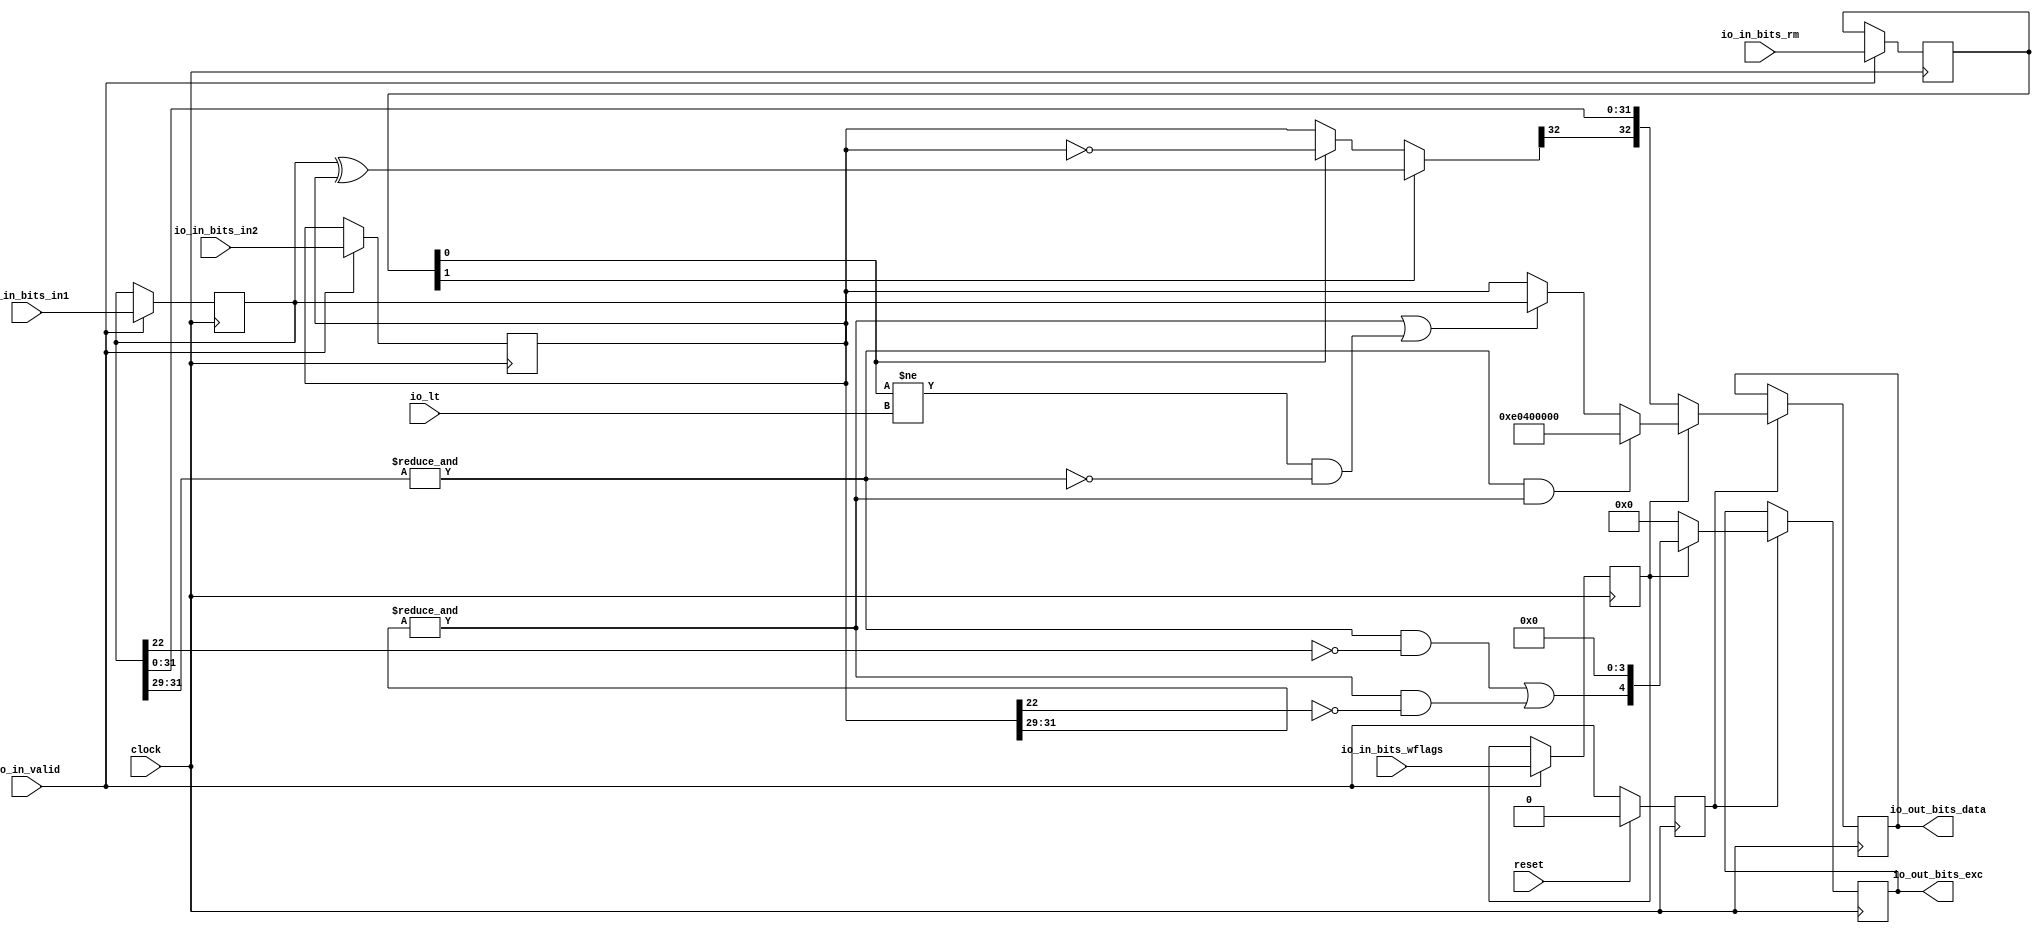
module FPToFP( // @[:freechips.rocketchip.system.DefaultRV32Config.fir@212615.2]
  input         clock, // @[:freechips.rocketchip.system.DefaultRV32Config.fir@212616.4]
  input         reset, // @[:freechips.rocketchip.system.DefaultRV32Config.fir@212617.4]
  input         io_in_valid, // @[:freechips.rocketchip.system.DefaultRV32Config.fir@212618.4]
  input         io_in_bits_wflags, // @[:freechips.rocketchip.system.DefaultRV32Config.fir@212618.4]
  input  [2:0]  io_in_bits_rm, // @[:freechips.rocketchip.system.DefaultRV32Config.fir@212618.4]
  input  [32:0] io_in_bits_in1, // @[:freechips.rocketchip.system.DefaultRV32Config.fir@212618.4]
  input  [32:0] io_in_bits_in2, // @[:freechips.rocketchip.system.DefaultRV32Config.fir@212618.4]
  output [32:0] io_out_bits_data, // @[:freechips.rocketchip.system.DefaultRV32Config.fir@212618.4]
  output [4:0]  io_out_bits_exc, // @[:freechips.rocketchip.system.DefaultRV32Config.fir@212618.4]
  input         io_lt // @[:freechips.rocketchip.system.DefaultRV32Config.fir@212618.4]
);
`ifdef RANDOMIZE_REG_INIT
  reg [31:0] _RAND_0;
  reg [31:0] _RAND_1;
  reg [31:0] _RAND_2;
  reg [63:0] _RAND_3;
  reg [63:0] _RAND_4;
  reg [63:0] _RAND_5;
  reg [31:0] _RAND_6;
`endif // RANDOMIZE_REG_INIT
  reg  inPipe_valid; // @[Valid.scala 117:22:freechips.rocketchip.system.DefaultRV32Config.fir@212623.4]
  reg  inPipe_bits_wflags; // @[Reg.scala 15:16:freechips.rocketchip.system.DefaultRV32Config.fir@212625.4]
  reg [2:0] inPipe_bits_rm; // @[Reg.scala 15:16:freechips.rocketchip.system.DefaultRV32Config.fir@212625.4]
  reg [32:0] inPipe_bits_in1; // @[Reg.scala 15:16:freechips.rocketchip.system.DefaultRV32Config.fir@212625.4]
  reg [32:0] inPipe_bits_in2; // @[Reg.scala 15:16:freechips.rocketchip.system.DefaultRV32Config.fir@212625.4]
  wire [32:0] _T_1; // @[FPU.scala 526:48:freechips.rocketchip.system.DefaultRV32Config.fir@212655.4]
  wire [32:0] _T_3; // @[FPU.scala 526:82:freechips.rocketchip.system.DefaultRV32Config.fir@212657.4]
  wire [32:0] _T_4; // @[FPU.scala 526:66:freechips.rocketchip.system.DefaultRV32Config.fir@212658.4]
  wire [32:0] signNum; // @[FPU.scala 526:20:freechips.rocketchip.system.DefaultRV32Config.fir@212659.4]
  wire [32:0] fsgnj; // @[Cat.scala 29:58:freechips.rocketchip.system.DefaultRV32Config.fir@212662.4]
  wire  _T_8; // @[FPU.scala 200:56:freechips.rocketchip.system.DefaultRV32Config.fir@212669.6]
  wire  _T_10; // @[FPU.scala 200:56:freechips.rocketchip.system.DefaultRV32Config.fir@212671.6]
  wire  _T_14; // @[FPU.scala 201:37:freechips.rocketchip.system.DefaultRV32Config.fir@212675.6]
  wire  _T_15; // @[FPU.scala 201:34:freechips.rocketchip.system.DefaultRV32Config.fir@212676.6]
  wire  _T_19; // @[FPU.scala 201:37:freechips.rocketchip.system.DefaultRV32Config.fir@212680.6]
  wire  _T_20; // @[FPU.scala 201:34:freechips.rocketchip.system.DefaultRV32Config.fir@212681.6]
  wire  _T_21; // @[FPU.scala 536:49:freechips.rocketchip.system.DefaultRV32Config.fir@212682.6]
  wire  _T_22; // @[FPU.scala 537:27:freechips.rocketchip.system.DefaultRV32Config.fir@212683.6]
  wire  _T_24; // @[FPU.scala 538:41:freechips.rocketchip.system.DefaultRV32Config.fir@212685.6]
  wire  _T_25; // @[FPU.scala 538:54:freechips.rocketchip.system.DefaultRV32Config.fir@212686.6]
  wire  _T_26; // @[FPU.scala 538:51:freechips.rocketchip.system.DefaultRV32Config.fir@212687.6]
  wire  _T_27; // @[FPU.scala 538:24:freechips.rocketchip.system.DefaultRV32Config.fir@212688.6]
  wire [4:0] _T_28; // @[FPU.scala 539:31:freechips.rocketchip.system.DefaultRV32Config.fir@212689.6]
  reg [32:0] _T_34_data; // @[Reg.scala 15:16:freechips.rocketchip.system.DefaultRV32Config.fir@212706.4]
  reg [4:0] _T_34_exc; // @[Reg.scala 15:16:freechips.rocketchip.system.DefaultRV32Config.fir@212706.4]
  assign _T_1 = inPipe_bits_in1 ^ inPipe_bits_in2; // @[FPU.scala 526:48:freechips.rocketchip.system.DefaultRV32Config.fir@212655.4]
  assign _T_3 = ~inPipe_bits_in2; // @[FPU.scala 526:82:freechips.rocketchip.system.DefaultRV32Config.fir@212657.4]
  assign _T_4 = inPipe_bits_rm[0] ? _T_3 : inPipe_bits_in2; // @[FPU.scala 526:66:freechips.rocketchip.system.DefaultRV32Config.fir@212658.4]
  assign signNum = inPipe_bits_rm[1] ? _T_1 : _T_4; // @[FPU.scala 526:20:freechips.rocketchip.system.DefaultRV32Config.fir@212659.4]
  assign fsgnj = {signNum[32],inPipe_bits_in1[31:0]}; // @[Cat.scala 29:58:freechips.rocketchip.system.DefaultRV32Config.fir@212662.4]
  assign _T_8 = &inPipe_bits_in1[31:29]; // @[FPU.scala 200:56:freechips.rocketchip.system.DefaultRV32Config.fir@212669.6]
  assign _T_10 = &inPipe_bits_in2[31:29]; // @[FPU.scala 200:56:freechips.rocketchip.system.DefaultRV32Config.fir@212671.6]
  assign _T_14 = ~inPipe_bits_in1[22]; // @[FPU.scala 201:37:freechips.rocketchip.system.DefaultRV32Config.fir@212675.6]
  assign _T_15 = _T_8 & _T_14; // @[FPU.scala 201:34:freechips.rocketchip.system.DefaultRV32Config.fir@212676.6]
  assign _T_19 = ~inPipe_bits_in2[22]; // @[FPU.scala 201:37:freechips.rocketchip.system.DefaultRV32Config.fir@212680.6]
  assign _T_20 = _T_10 & _T_19; // @[FPU.scala 201:34:freechips.rocketchip.system.DefaultRV32Config.fir@212681.6]
  assign _T_21 = _T_15 | _T_20; // @[FPU.scala 536:49:freechips.rocketchip.system.DefaultRV32Config.fir@212682.6]
  assign _T_22 = _T_8 & _T_10; // @[FPU.scala 537:27:freechips.rocketchip.system.DefaultRV32Config.fir@212683.6]
  assign _T_24 = inPipe_bits_rm[0] != io_lt; // @[FPU.scala 538:41:freechips.rocketchip.system.DefaultRV32Config.fir@212685.6]
  assign _T_25 = ~_T_8; // @[FPU.scala 538:54:freechips.rocketchip.system.DefaultRV32Config.fir@212686.6]
  assign _T_26 = _T_24 & _T_25; // @[FPU.scala 538:51:freechips.rocketchip.system.DefaultRV32Config.fir@212687.6]
  assign _T_27 = _T_10 | _T_26; // @[FPU.scala 538:24:freechips.rocketchip.system.DefaultRV32Config.fir@212688.6]
  assign _T_28 = {_T_21, 4'h0}; // @[FPU.scala 539:31:freechips.rocketchip.system.DefaultRV32Config.fir@212689.6]
  assign io_out_bits_data = _T_34_data; // @[FPU.scala 574:10:freechips.rocketchip.system.DefaultRV32Config.fir@212715.4]
  assign io_out_bits_exc = _T_34_exc; // @[FPU.scala 574:10:freechips.rocketchip.system.DefaultRV32Config.fir@212715.4]
`ifdef RANDOMIZE_GARBAGE_ASSIGN
`define RANDOMIZE
`endif
`ifdef RANDOMIZE_INVALID_ASSIGN
`define RANDOMIZE
`endif
`ifdef RANDOMIZE_REG_INIT
`define RANDOMIZE
`endif
`ifdef RANDOMIZE_MEM_INIT
`define RANDOMIZE
`endif
`ifndef RANDOM
`define RANDOM $random
`endif
`ifdef RANDOMIZE_MEM_INIT
  integer initvar;
`endif
`ifndef SYNTHESIS
`ifdef FIRRTL_BEFORE_INITIAL
`FIRRTL_BEFORE_INITIAL
`endif
initial begin
  `ifdef RANDOMIZE
    `ifdef INIT_RANDOM
      `INIT_RANDOM
    `endif
    `ifndef VERILATOR
      `ifdef RANDOMIZE_DELAY
        #`RANDOMIZE_DELAY begin end
      `else
        #0.002 begin end
      `endif
    `endif
`ifdef RANDOMIZE_REG_INIT
  _RAND_0 = {1{`RANDOM}};
  inPipe_valid = _RAND_0[0:0];
  _RAND_1 = {1{`RANDOM}};
  inPipe_bits_wflags = _RAND_1[0:0];
  _RAND_2 = {1{`RANDOM}};
  inPipe_bits_rm = _RAND_2[2:0];
  _RAND_3 = {2{`RANDOM}};
  inPipe_bits_in1 = _RAND_3[32:0];
  _RAND_4 = {2{`RANDOM}};
  inPipe_bits_in2 = _RAND_4[32:0];
  _RAND_5 = {2{`RANDOM}};
  _T_34_data = _RAND_5[32:0];
  _RAND_6 = {1{`RANDOM}};
  _T_34_exc = _RAND_6[4:0];
`endif // RANDOMIZE_REG_INIT
  `endif // RANDOMIZE
end // initial
`ifdef FIRRTL_AFTER_INITIAL
`FIRRTL_AFTER_INITIAL
`endif
`endif // SYNTHESIS
  always @(posedge clock) begin
    if (reset) begin
      inPipe_valid <= 1'h0;
    end else begin
      inPipe_valid <= io_in_valid;
    end
    if (io_in_valid) begin
      inPipe_bits_wflags <= io_in_bits_wflags;
    end
    if (io_in_valid) begin
      inPipe_bits_rm <= io_in_bits_rm;
    end
    if (io_in_valid) begin
      inPipe_bits_in1 <= io_in_bits_in1;
    end
    if (io_in_valid) begin
      inPipe_bits_in2 <= io_in_bits_in2;
    end
    if (inPipe_valid) begin
      if (inPipe_bits_wflags) begin
        if (_T_22) begin
          _T_34_data <= 33'he0400000;
        end else if (_T_27) begin
          _T_34_data <= inPipe_bits_in1;
        end else begin
          _T_34_data <= inPipe_bits_in2;
        end
      end else begin
        _T_34_data <= fsgnj;
      end
    end
    if (inPipe_valid) begin
      if (inPipe_bits_wflags) begin
        _T_34_exc <= _T_28;
      end else begin
        _T_34_exc <= 5'h0;
      end
    end
  end
endmodule